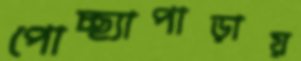
পোচ্ছ্যাপাড়ায়